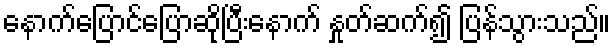
နောက်ပြောင်ပြောဆိုပြီးနောက် နှုတ်ဆက်၍ ပြန်သွားသည်။